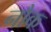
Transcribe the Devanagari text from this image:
नौक